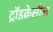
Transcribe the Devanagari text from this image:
ट्रॉइक्रेसील